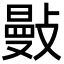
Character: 𢿕